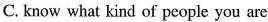
C. know what kind of people you are